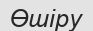
Өшіру